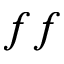
f f